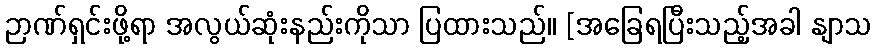
ဉာဏ်ရှင်းဖို့ရာ အလွယ်ဆုံးနည်းကိုသာ ပြထားသည်။ [အခြေရပြီးသည့်အခါ နျာသ